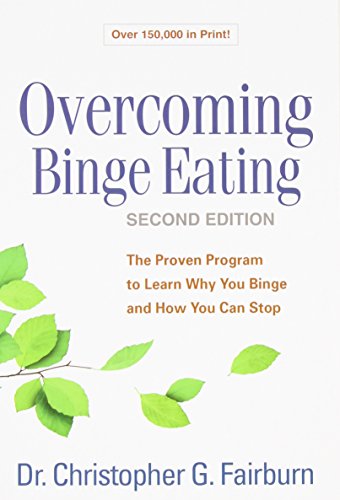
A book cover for Overcoming Binge Eating, Second Edition: The Proven Program to Learn Why You Binge and How You Can Stop; Christopher G. Fairburn DM  FMedSci  FRCPsych; Self-Help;